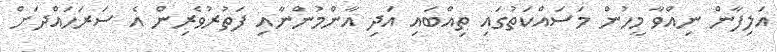
އަލިފާން ނިއްވާ މީހުން މަސައްކަތުގައި ތިއްބައި އަދި އާންމުންނާއި ފަތުރުވެރިން އެ ސަރަހައްދަށް